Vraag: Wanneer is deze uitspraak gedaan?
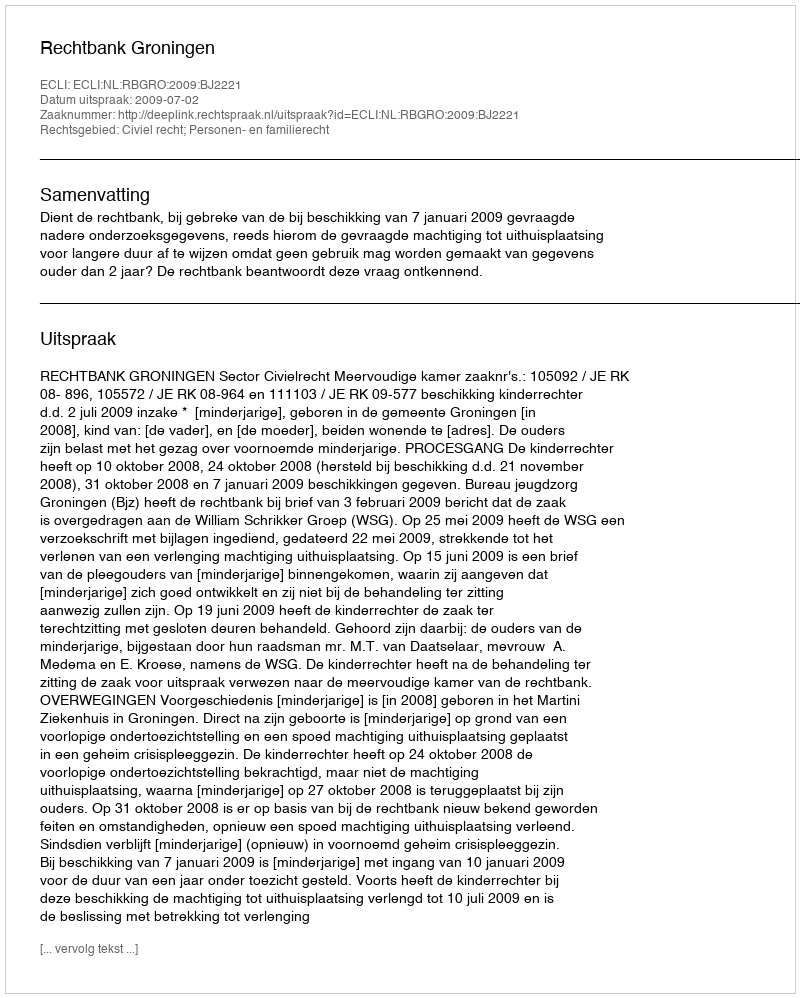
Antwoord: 2009-07-02